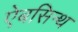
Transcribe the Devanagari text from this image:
ऐबसिन्थ